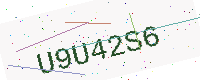
Text: U9U42S6